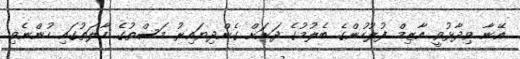
އޭނާ ވިދާޅުވީ އާޒިމް ފުލުހުންގެ ބެލުމުގެ ދަށަށް ގެންދިޔައިރު މަސްތުގެ ހާލަތުގައި ހުންނެވި